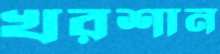
খরশান